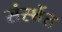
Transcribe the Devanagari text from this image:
संस्थेंत